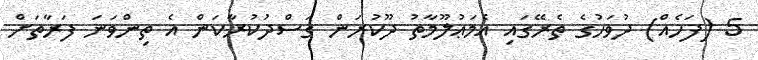
5 (ފަހެއް) ދުވަހުގެ ތެރޭގައި އެމަޢުލޫމާތު ދޫކުރަން ގަސްދުކުރާކަން އެ ތިންވަނަ ފަރާތަށް